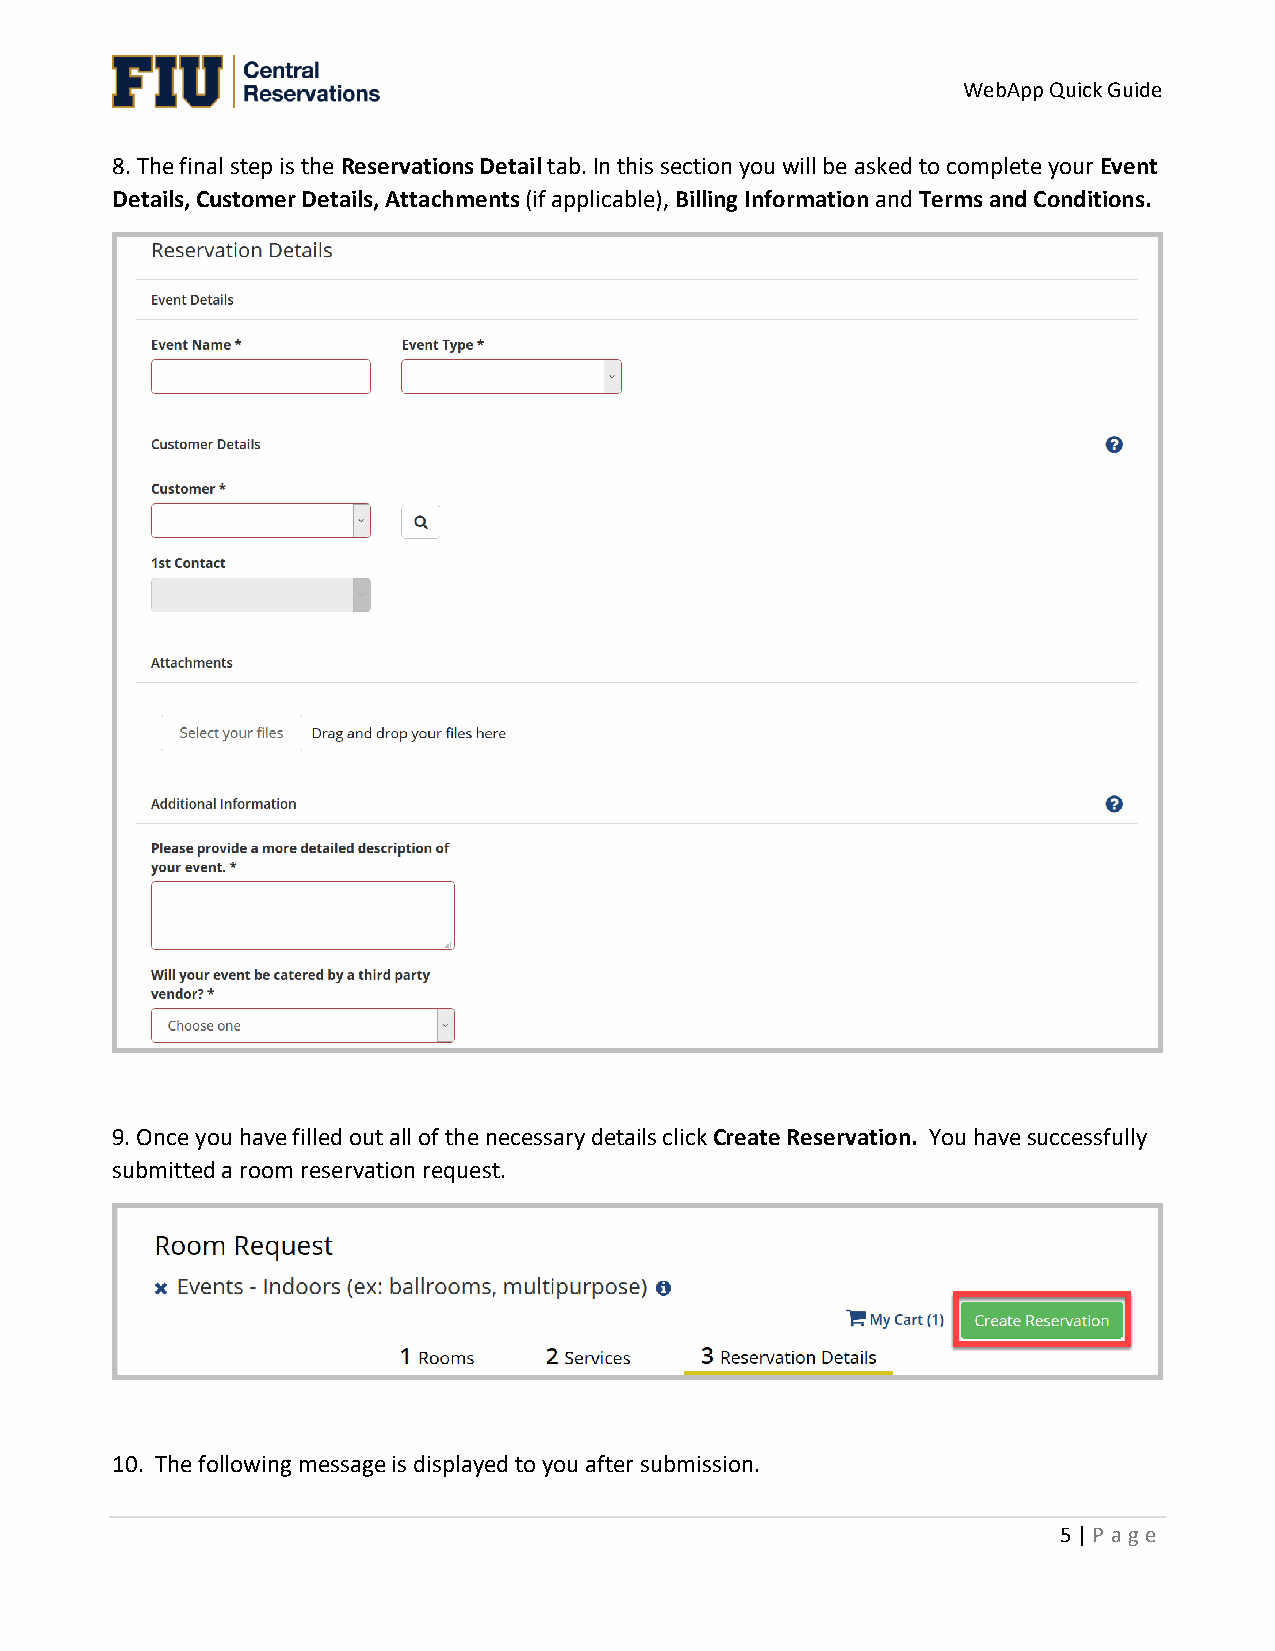
WebApp Quick Guide
 8. The final step is the Reservations Detail tab. In this section you will be asked to complete your Event
 Details, Customer Details, Attachments (if applicable), Billing Information and Terms and Conditions.
 9. Once you have filled out all of the necessary details click Create Reservation. You have successfully
 submitted a room reservation request.
 10. The following message is displayed to you after submission.
 5 | P a ge